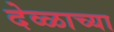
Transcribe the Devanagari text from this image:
देव्ळाच्या